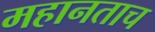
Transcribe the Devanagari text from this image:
महानताच